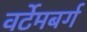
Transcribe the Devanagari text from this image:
वर्टेमबर्ग